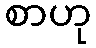
စာဟု